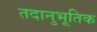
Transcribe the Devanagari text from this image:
तदानुभूतिक